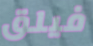
فيلق